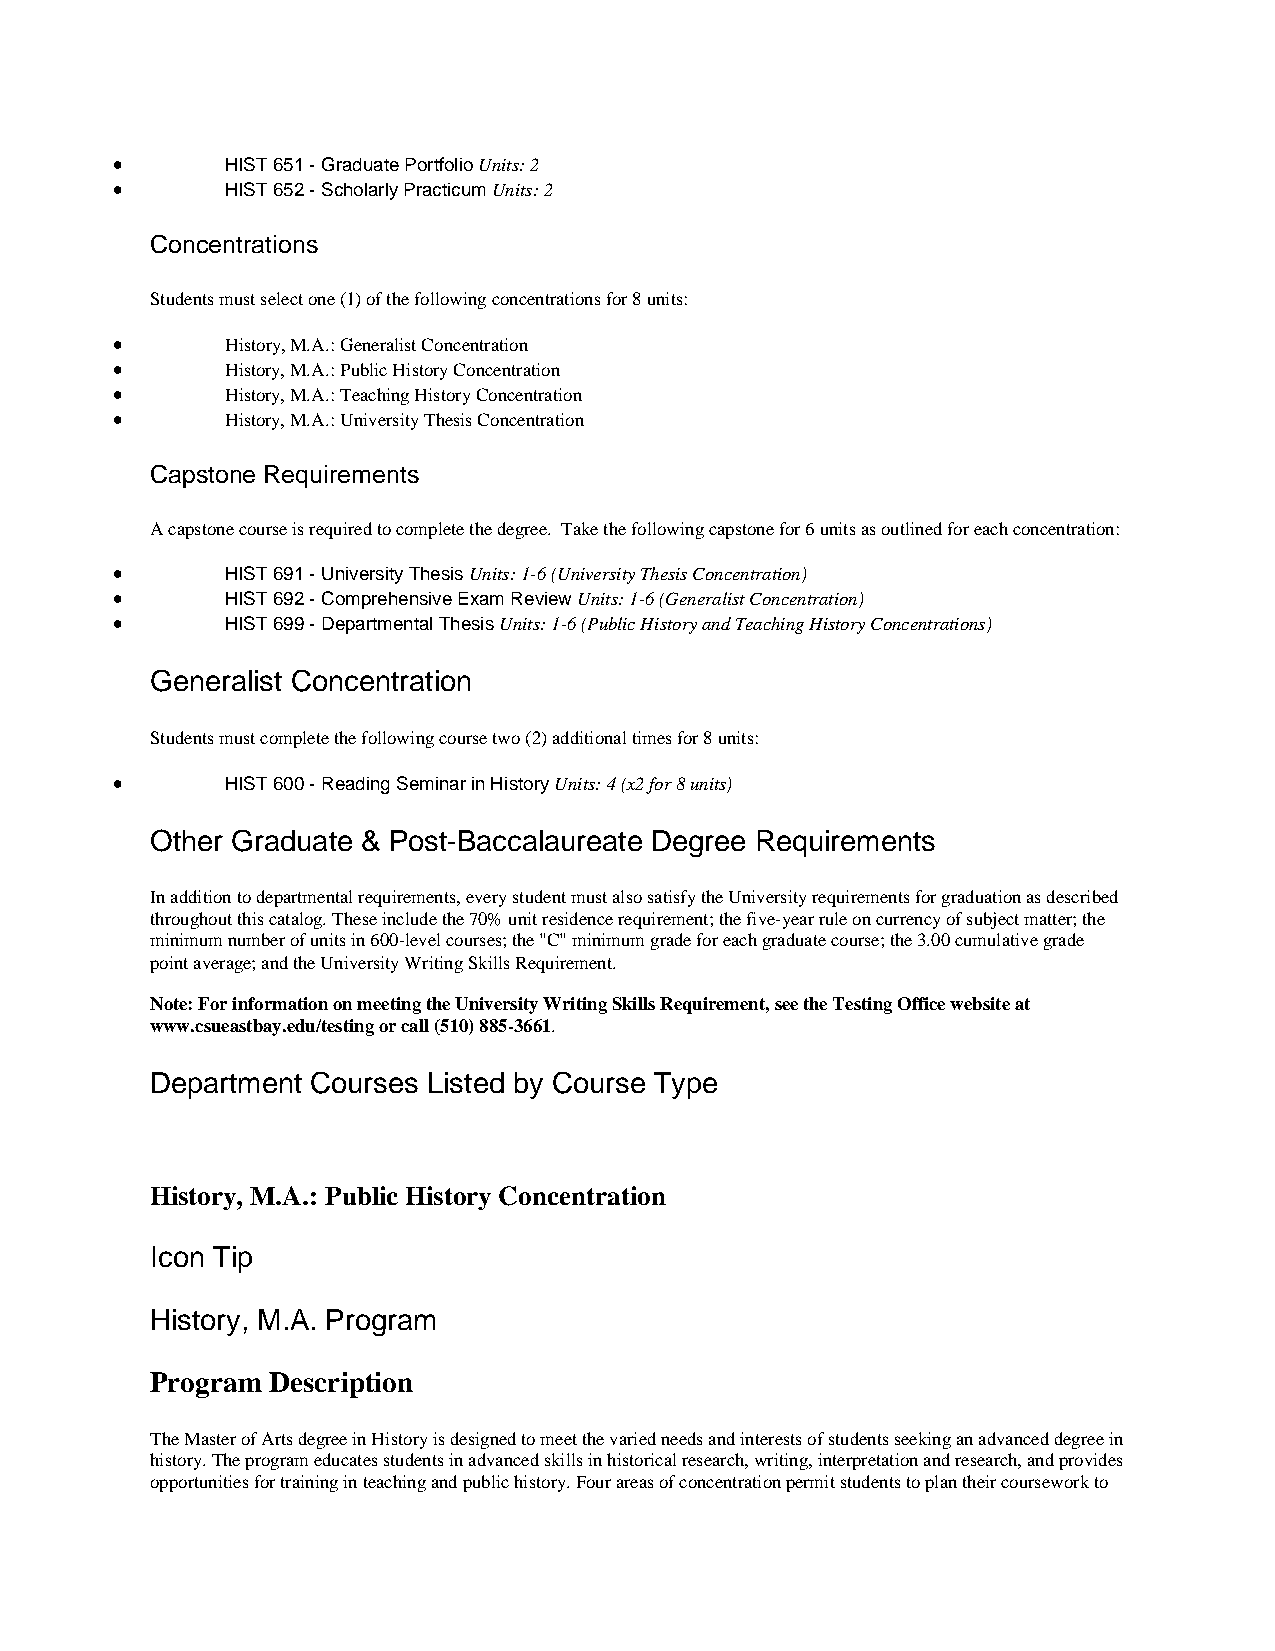
•       HIST 651 - Graduate Portfolio Units: 2
 •       HIST 652 - Scholarly Practicum Units: 2
 Concentrations
 Students must select one (1) of the following concentrations for 8 units:
 •       History, M.A.: Generalist Concentration
 •       History, M.A.: Public History Concentration
 •       History, M.A.: Teaching History Concentration
 •       History, M.A.: University Thesis Concentration
 Capstone Requirements
 A capstone course is required to complete the degree. Take the following capstone for 6 units as outlined for each concentration:
 •       HIST 691 - University Thesis Units: 1-6 (University Thesis Concentration)
 •       HIST 692 - Comprehensive Exam Review Units: 1-6 (Generalist Concentration)
 •       HIST 699 - Departmental Thesis Units: 1-6 (Public History and Teaching History Concentrations)
 Generalist Concentration
 Students must complete the following course two (2) additional times for 8 units:
 •       HIST 600 - Reading Seminar in History Units: 4 (x2 for 8 units)
 Other Graduate & Post-Baccalaureate Degree Requirements
 In addition to departmental requirements, every student must also satisfy the University requirements for graduation as described
 throughout this catalog. These include the 70% unit residence requirement; the five-year rule on currency of subject matter; the
 minimum number of units in 600-level courses; the "C" minimum grade for each graduate course; the 3.00 cumulative grade
 point average; and the University Writing Skills Requirement.
 Note: For information on meeting the University Writing Skills Requirement, see the Testing Office website at
 www.csueastbay.edu/testing or call (510) 885-3661.
 Department Courses Listed by Course Type
 History, M.A.: Public History Concentration
 Icon Tip
 History, M.A. Program
 Program Description
 The Master of Arts degree in History is designed to meet the varied needs and interests of students seeking an advanced degree in
 history. The program educates students in advanced skills in historical research, writing, interpretation and research, and provides
 opportunities for training in teaching and public history. Four areas of concentration permit students to plan their coursework to